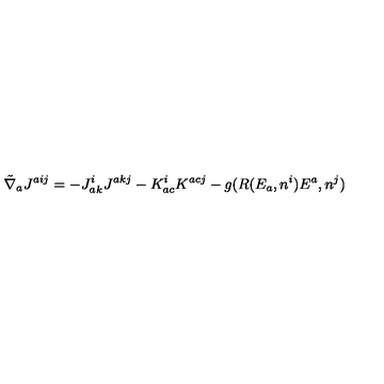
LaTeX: { \tilde { \nabla } } _ { a } J ^ { a i j } = - { J _ { a } ^ { i } } _ { k } { J ^ { a k j } } - K _ { a c } ^ { i } K ^ { a c j } - g ( R ( E _ { a } , n ^ { i } ) E ^ { a } , n ^ { j } )